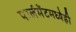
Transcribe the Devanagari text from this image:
पार्लमेंटमध्येही